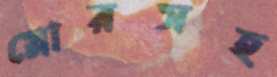
স্নোরসহ